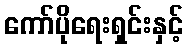
ကော်ပိုရေးရှင်းနှင့်